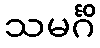
သမင်္ဂိ